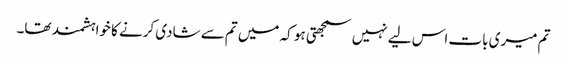
تم میری بات اس لیے نہیں سمجھتی ہو کہ میں تم سے شادی کرنے کا خواہشمند تھا۔